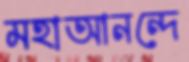
মহাআনন্দে